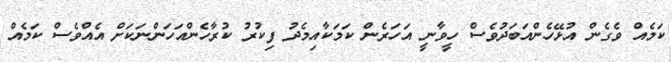
ކަމެއް ވެގެން އުޅޭހެންއަބަދުވެސް ހީވާނީ އަހަރެން ކަމަަކާއިމެދު ފިކުރު ކުރާހެންއަހަންނަކަށް އެއްވެސް ކަމެއް